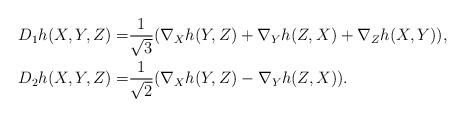
LaTeX: \begin{align*}D_1h(X,Y,Z)=&\frac{1}{\sqrt{3}}(\nabla_X h(Y,Z)+\nabla_Y h(Z,X)+\nabla_Z h(X,Y)),\\D_2h(X,Y,Z)=&\frac{1}{\sqrt{2}}(\nabla_X h(Y,Z)-\nabla_Y h(Z,X)).\end{align*}